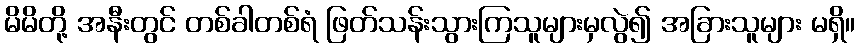
မိမိတို့ အနီးတွင် တစ်ခါတစ်ရံ ဖြတ်သန်းသွားကြသူများမှလွဲ၍ အခြားသူများ မရှိ။